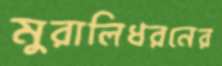
মুরালিধরনের